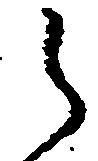
之